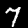
Label: 7